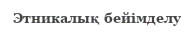
Этникалық бейімделу